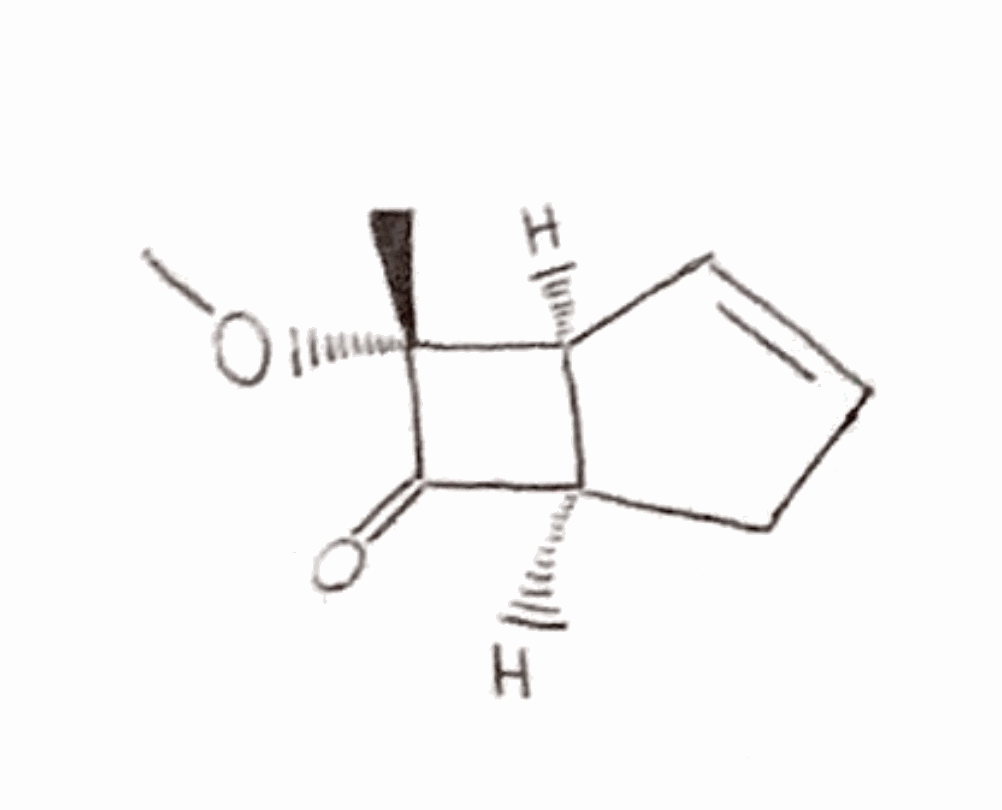
Simplified molecular-input line-entry system (SMILES) notation of the given molecule:
C[C@]1([C@H]2C=CC[C@H]2C1=O)OC